Indian journal of veterinary science and animal husbandry - Volume 1,
Year: 1931
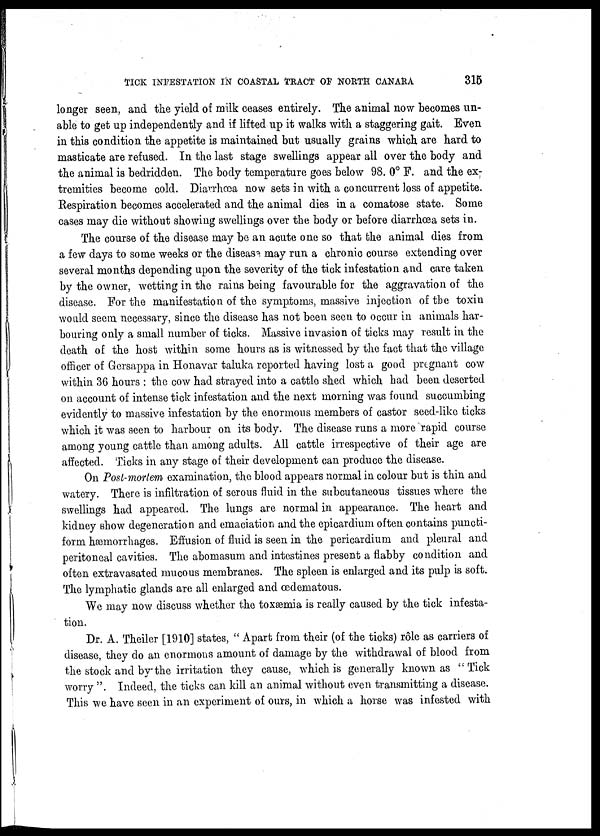
TICK INFESTATION IN COASTAL TRACT OF NORTH CANARA
315
longer seen, and the yield of milk ceases entirely. The animal now becomes un-
able to get up independently and if lifted up it walks with a staggering gait. Even
in this condition the appetite is maintained but usually grains which are hard to
masticate are refused. In the last stage swellings appear all over the body and
the animal is bedridden. The body temperature goes below 98. 0° F. and the ex-
tremities become cold. Diarrhœa now sets in with a concurrent loss of appetite.
Respiration becomes accelerated and the animal dies in a comatose state. Some
cases may die without showing swellings over the body or before diarrhoea sets in.
The course of the disease may be an acute one so that the animal dies from
a few days to some weeks or the disease may run a chronic course extending over
several months depending upon the severity of the tick infestation and care taken
by the owner, wetting in the rains being favourable for the aggravation of the
disease. For the manifestation of the symptoms, massive injection of the toxin
would seem necessary, since the disease has not been seen to occur in animals har-
bouring only a small number of ticks. Massive invasion of ticks may result in the
death of the host within some hours as is witnessed by the fact that the village
officer of Gersappa in Honavar taluka reported having lost a good pregnant cow
within 36 hours : the cow had strayed into a cattle shed which had been deserted
on account of intense tick infestation and the next morning was found succumbing
evidently to massive infestation by the enormous members of castor seed-like ticks
which it was seen to harbour on its body. The disease runs a more rapid course
among young cattle than among adults. All cattle irrespective of their age are
affected. Ticks in any stage of their development can produce the disease.
On Post-mortem examination, the blood appears normal in colour but is thin and
watery. There is infiltration of serous fluid in the subcutaneous tissues where the
swellings had appeared. The lungs are normal in appearance. The heart and
kidney show degeneration and emaciation and the epicardium often contains puncti-
form hæmorrhages. Effusion of fluid is seen in the pericardium and pleural and
peritoneal cavities. The abomasum and intestines present a flabby condition and
often extravasated mucous membranes. The spleen is enlarged and its pulp is soft.
The lymphatic glands are all enlarged and œdematous.
We may now discuss whether the toxæmia is really caused by the tick infesta-
tion.
Dr. A. Theiler [1910] states, " Apart from their (of the ticks) rôle as carriers of
disease, they do an enormous amount of damage by the withdrawal of blood from
the stock and by the irritation they cause, which is generally known as "Tick
worry ". Indeed, the ticks can kill an animal without even transmitting a disease.
This we have seen in an experiment of ours, in which a horse was infested with